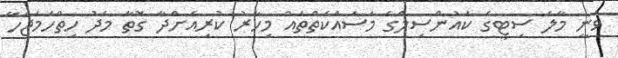
ވަނީ މާލެ ސިޓީގެ ކައުންސިލްގެ މަސައްކަތްތައް މިހާރު ކުރިއަށްދާ ގޮތާ މެދު ހިތްހަމަޖެހޭ